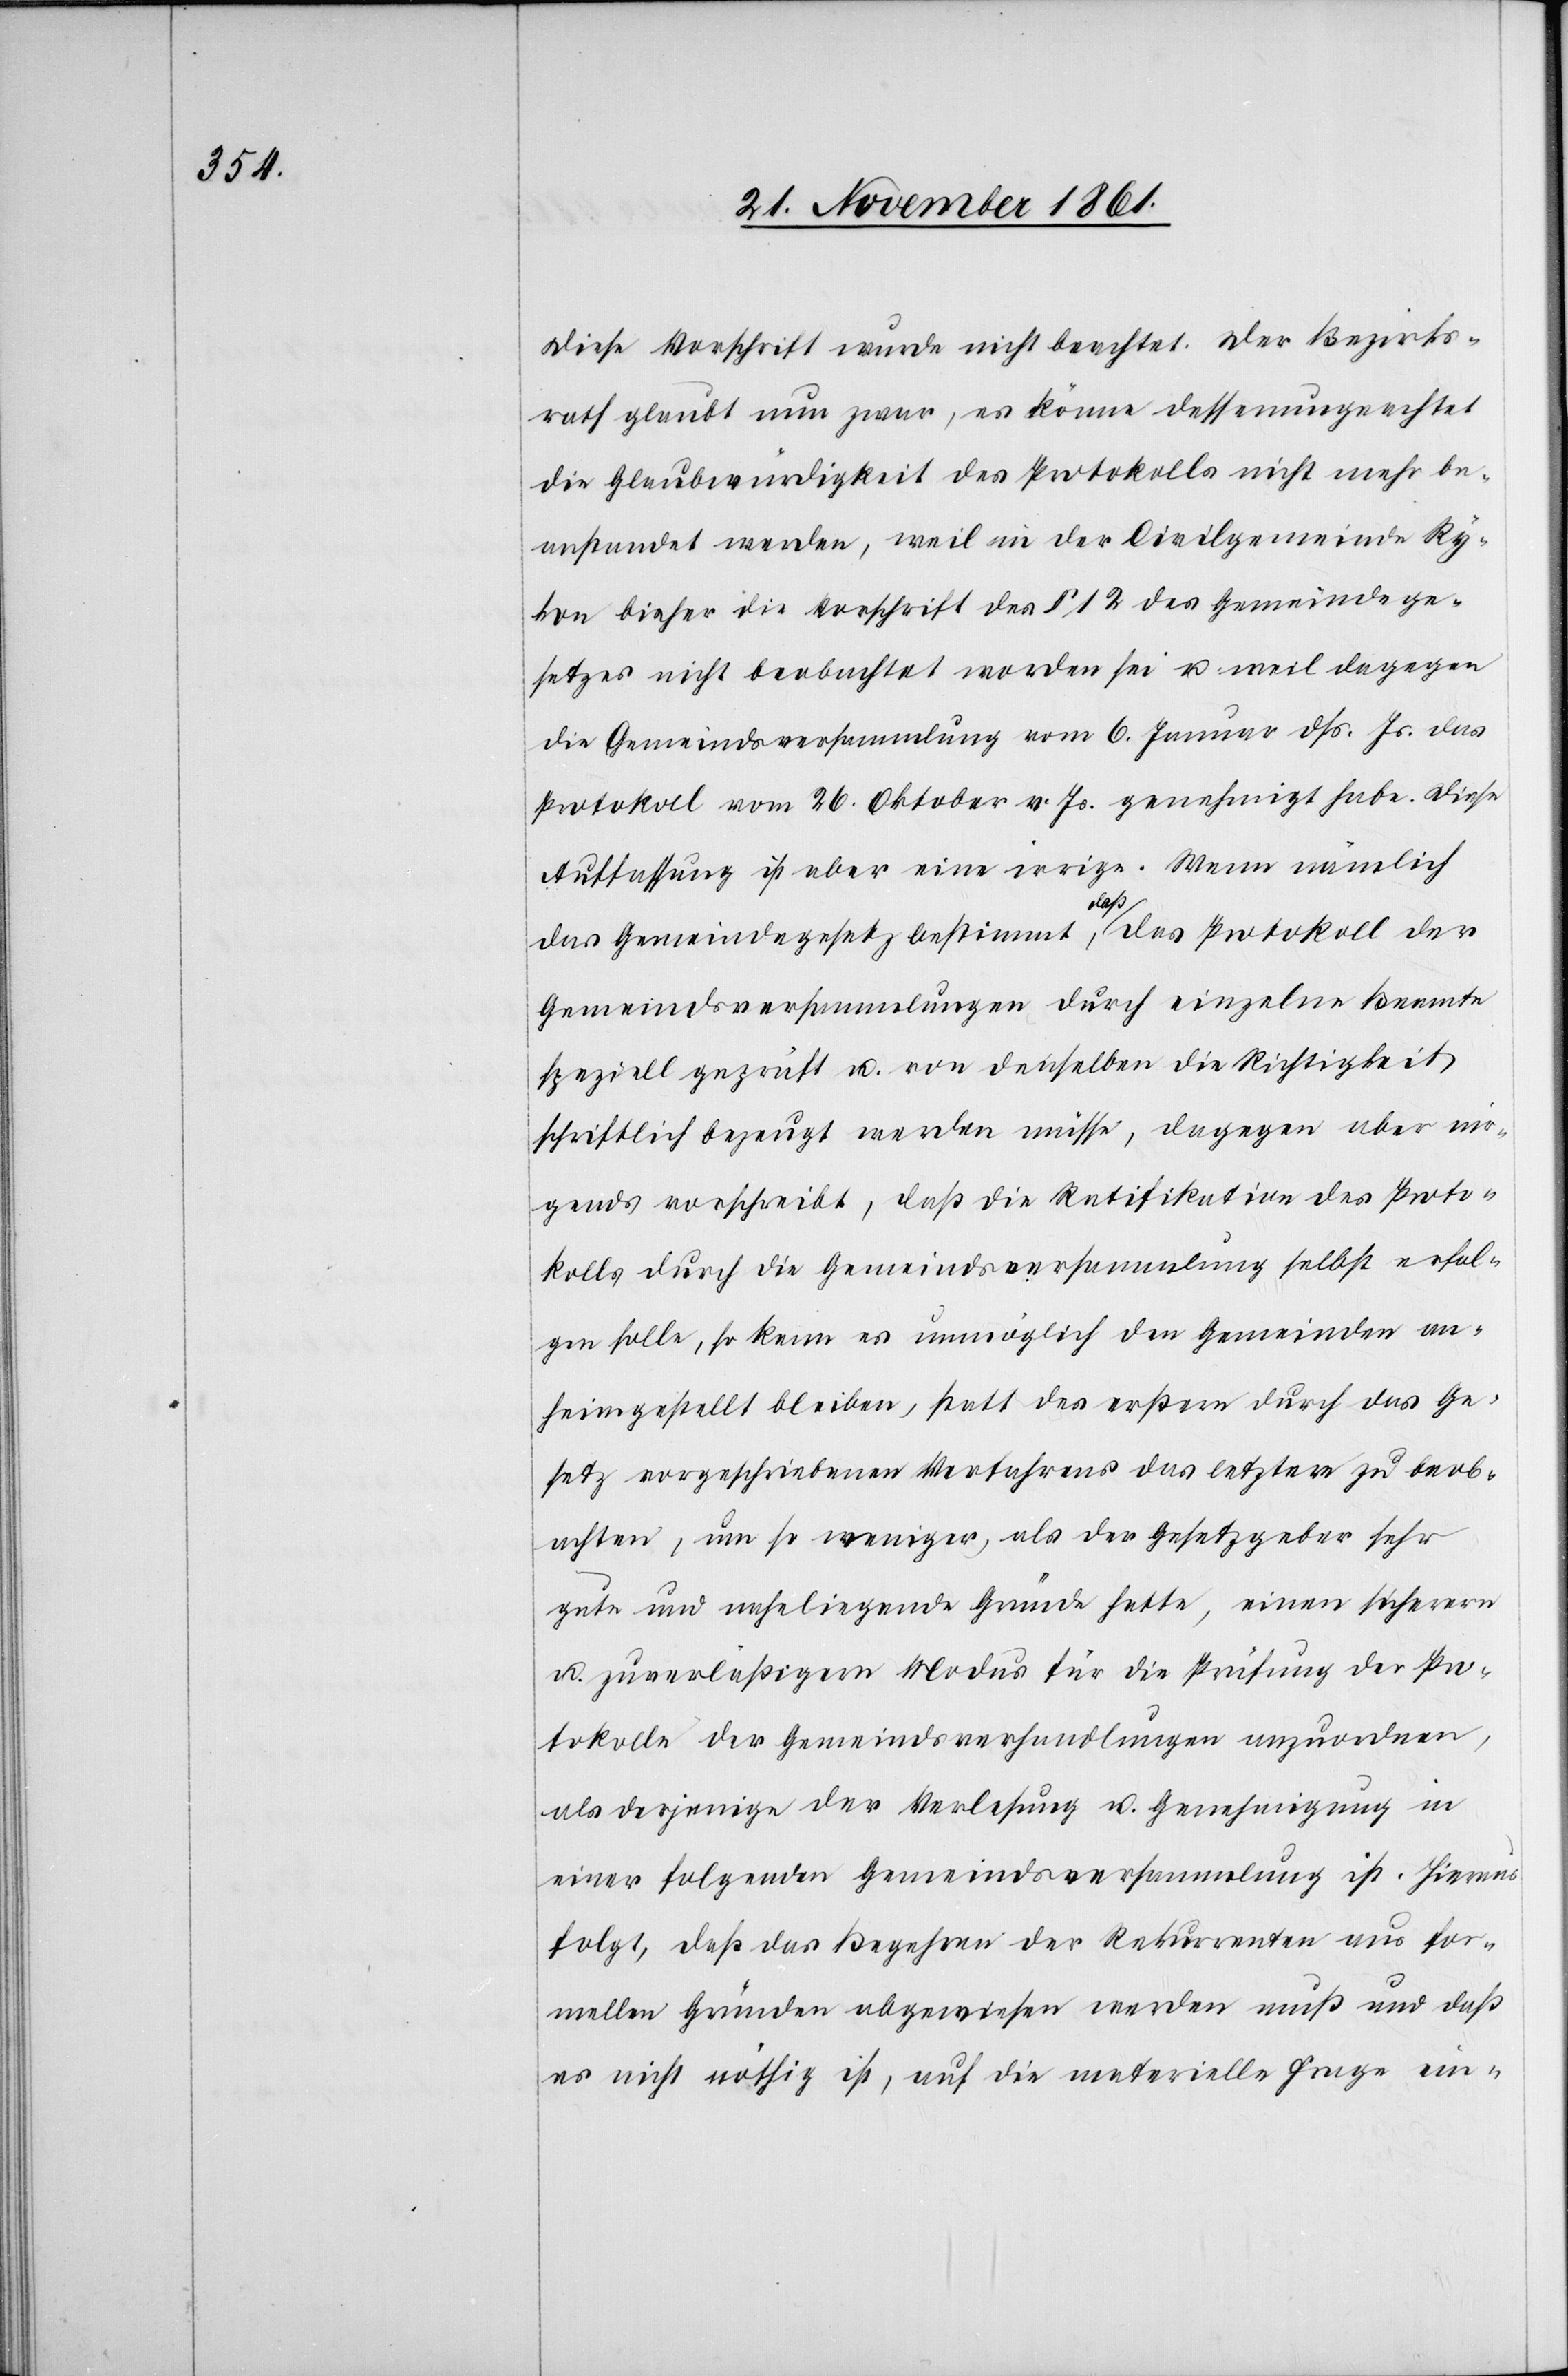
Diese Vorschrift wurde nicht beachtet. Der Bezirks¬
rath glaubt nun zwar, es könne dessenungeachtet
die Glaubwürdigkeit des Protokolls nicht mehr be¬
anstandet werden, weil in der Civilgemeinde Ry¬
kon bisher die Vorschrift des § 12 des Gemeindge¬
setzes nicht beobachtet worden sei u. weil dagegen
die Gemeindsversammlung vom 6 Januar dß. Js. das
Protokoll vom 26 Oktober v. Js. genehmigt habe. Diese
Auffassung ist aber eine irrige. Wenn nämlich
das Gemeindegesetz bestimmt, daß das Protokoll der
Gemeindsversammlungen durch einzelne Beamte
speziell geprüft u. von denselben die Richtigkeit
schriftlich bezeugt werden müsse, dagegen aber nir¬
gends vorschreibt, daß die Ratifikation des Proto¬
kolls durch die Gemeindsversammlung selbst erfol¬
gen solle, so kann es unmöglich den Gemeinden an¬
heimgestellt bleiben, statt des erstern durch das Ge¬
setz vorgeschriebenen Verfahrens das letztere zu beob¬
achten, um so weniger, als der Gesetzgeber sehr
gute und naheliegende Gründe hatte, einen sicherern
u. zuverläßigern Modus für die Prüfung der Pro¬
tokolle der Gemeindsverhandlungen anzuordnen,
als derjenige der Verlesung u. Genehmigung in
einer folgenden Gemeindsversammlung ist. Hieraus
folgt, daß das Begehren der Rekurrenten aus for¬
mellen Gründen abgewiesen werden muß und daß
es nicht nöthig ist, auf die materielle Frage ein-